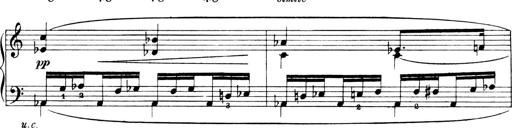
Title: 4 Sonatines
Composer: Max Reger